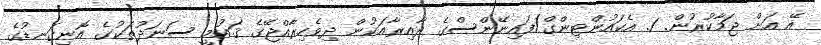
އޭ އަށް ޖަމާކުރުން. 1. އެކައުންޓިންގް/ފައިނޭންސްގެ ދާއިރާއަކުން ދިވެހިރާއްޖޭގެ ޤައުމީ ސަނަދުތަކުގެ އޮނިގަނޑުގެ